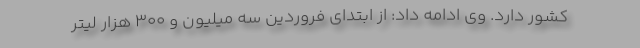
کشور دارد. وی ادامه داد: از ابتدای فروردین سه میلیون و ۳۰۰ هزار لیتر